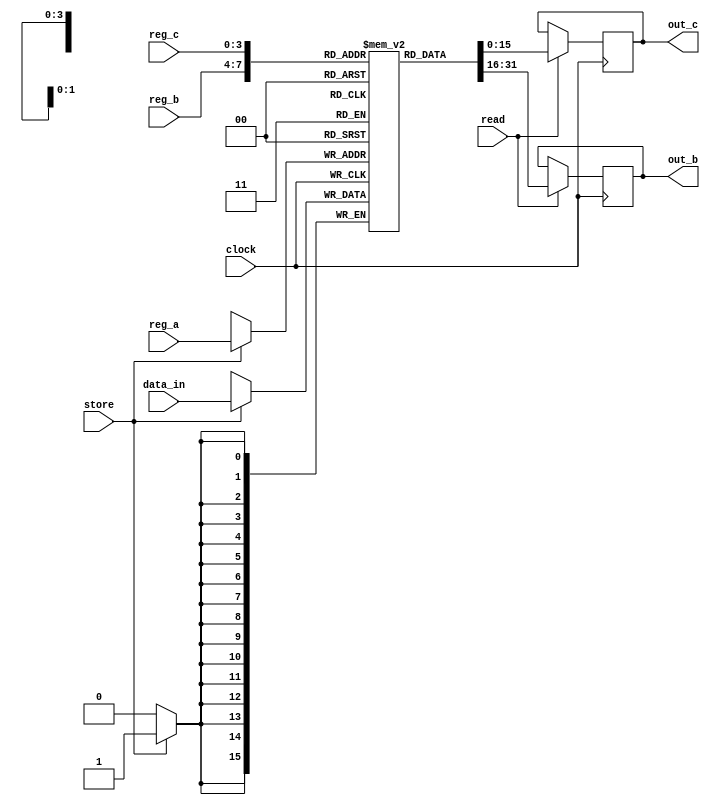



module register_db(clock, read, store, reg_a, reg_b, reg_c, data_in, out_b, out_c);

input clock;
input read;
input store;

input [3:0] reg_a;
input [3:0] reg_b;
input [3:0] reg_c;

input [15:0] data_in;

output reg [15:0] out_b;
output reg [15:0] out_c;


reg [15:0] register [0:15];


initial begin
	register[00] = 16'b0000000000000001;
	register[01] = 16'b0000000000000010;
	register[02] = 16'b0000000000000011;
	register[03] = 16'b0000000000000100;
	register[04] = 16'b0000000000000001;
	register[05] = 16'b0000000000000010;
	register[06] = 16'b0000000000000011;
	register[07] = 16'b0000000000000100;
	register[08] = 16'b0000000000000001;
	register[09] = 16'b0000000000000010;
	register[10] = 16'b0000000000000100;
	register[11] = 16'b0000000000000100;
	register[12] = 16'b0000000000000100;
	register[13] = 16'b0000000000000100;
	register[14] = 16'b0000000000000100;
	register[15] = 16'b0000000000000100;
end


always @(posedge clock) begin

	if(read) begin
		out_b <= register[reg_b];
		out_c <= register[reg_c];
	end
	if(store) begin
		register[reg_a] = data_in;
	end
	
end







endmodule